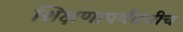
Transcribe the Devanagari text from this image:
शिक्षणापर्यंतचीच